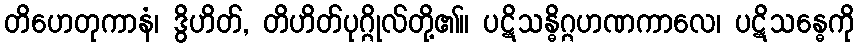
တိဟေတုကာနံ၊ ဒွိဟိတ်, တိဟိတ်ပုဂ္ဂိုလ်တို့၏။ ပဋိသန္ဓိဂ္ဂဟဏကာလေ၊ ပဋိသန္ဓေကို